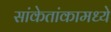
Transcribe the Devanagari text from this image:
सांकेतांकामध्ये